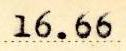
16.66